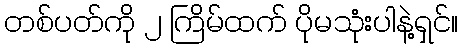
တစ်ပတ်ကို ၂ ကြိမ်ထက် ပိုမသုံးပါနဲ့ရှင်။